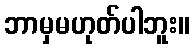
ဘာမှမဟုတ်ပါဘူး။